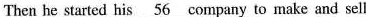
Then he started his \underline{56} company to make and sell